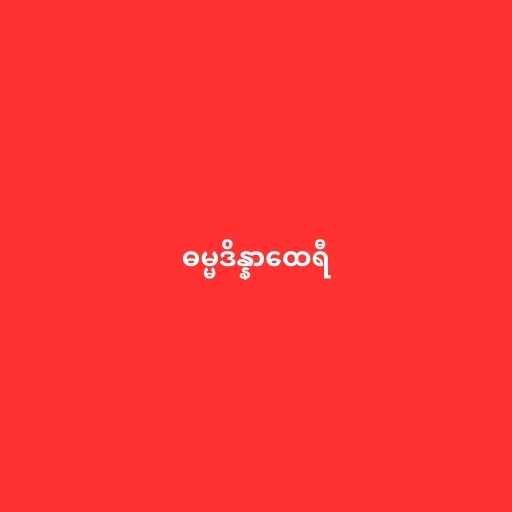
ဓမ္မဒိန္နာထေရီ